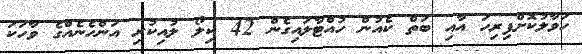
ހަވާލުކޮށްފިރިހަ އާއި ބަތް ކެއުން ހުއްޓާލައިގެން 42 ކިލޯ ލުއިކުރި އަންހެނެއްގެ ވާހަކަ